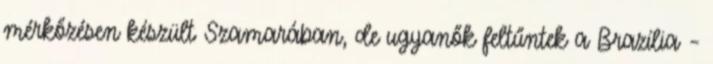
mérkőzésen készült Szamarában, de ugyanők feltűntek a Brazília –